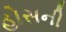
હોસની